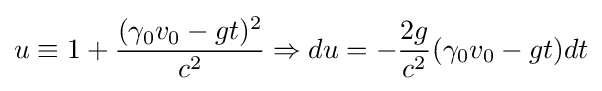
u\equiv 1+{\frac {(\gamma _{0}v_{0}-gt)^{2}}{c^{2}}}\Rightarrow du=-{\frac {2g}{c^{2}}}(\gamma _{0}v_{0}-gt)dt